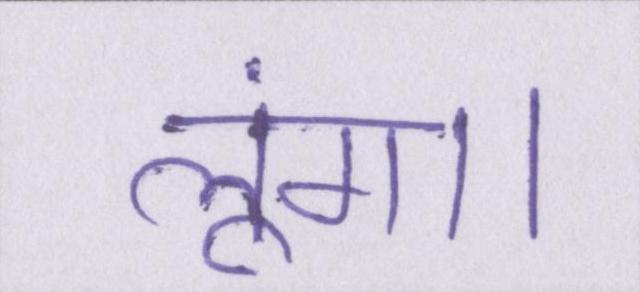
लूंगा।